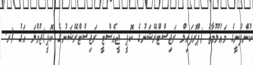
ކުންފުނީގެ މަޢުލޫމާތު (ޕްރޮފައިލް ރަޖިސްޓްރޭޝަނުގެ ކޮޕީ ޖީއެސްޓީ ރަޖިސްޓްރޭޝަނުގެ ކޮޕީ)ޖުމްލަ އަގު (ރ.